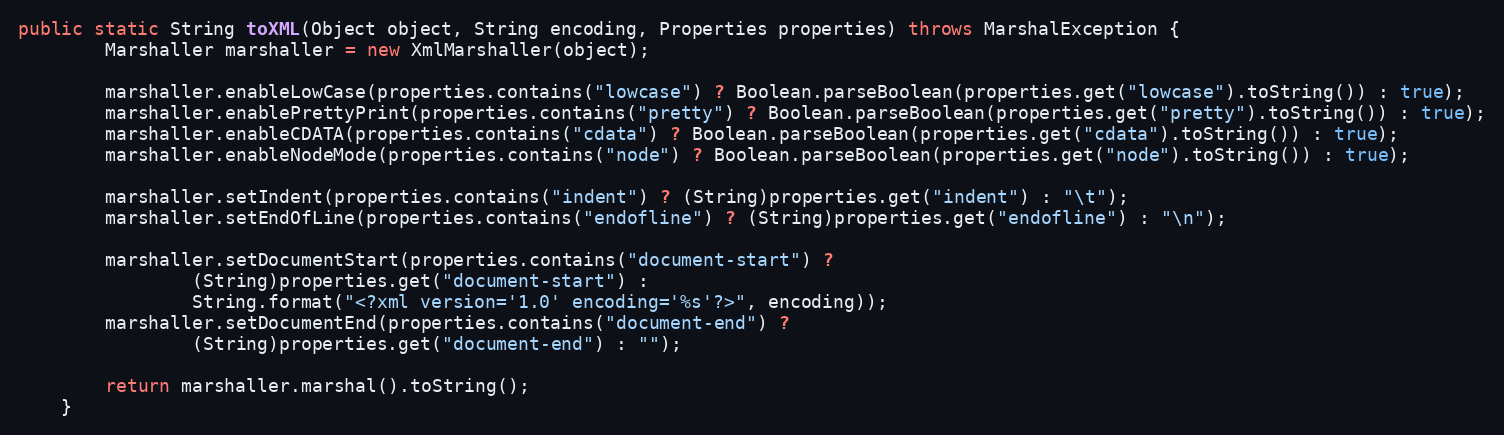
Language: Java
public static String toXML(Object object, String encoding, Properties properties) throws MarshalException {
		Marshaller marshaller = new XmlMarshaller(object);

		marshaller.enableLowCase(properties.contains("lowcase") ? Boolean.parseBoolean(properties.get("lowcase").toString()) : true);
		marshaller.enablePrettyPrint(properties.contains("pretty") ? Boolean.parseBoolean(properties.get("pretty").toString()) : true);
		marshaller.enableCDATA(properties.contains("cdata") ? Boolean.parseBoolean(properties.get("cdata").toString()) : true);
		marshaller.enableNodeMode(properties.contains("node") ? Boolean.parseBoolean(properties.get("node").toString()) : true);

		marshaller.setIndent(properties.contains("indent") ? (String)properties.get("indent") : "\t");
		marshaller.setEndOfLine(properties.contains("endofline") ? (String)properties.get("endofline") : "\n");

		marshaller.setDocumentStart(properties.contains("document-start") ?
				(String)properties.get("document-start") :
				String.format("<?xml version='1.0' encoding='%s'?>", encoding));
		marshaller.setDocumentEnd(properties.contains("document-end") ?
				(String)properties.get("document-end") : "");

		return marshaller.marshal().toString();
	}